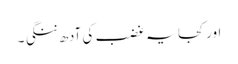
اور کجا یہ غضب کی آدھ ننگی ۔